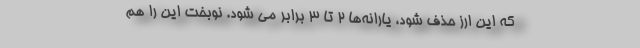
که این ارز حذف شود، یارانه‌ها ۲ تا ۳ برابر می شود. نوبخت این را هم